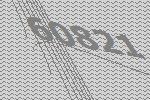
60821